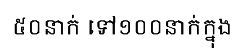
៥០នាក់ ទៅ១០០នាក់ក្នុង